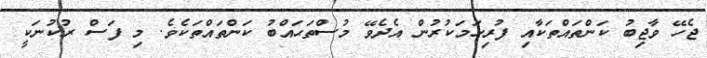
ޖެހޭ ވާޖިބު ކަންތައްތަކާއި ފުރިހަމަކުރުން އެދެވޭ މުސްތަޙައްބު ކަންތައްތަކެވެ. މި ފަސް ރުކުނަކީ